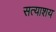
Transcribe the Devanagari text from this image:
सत्याशय